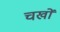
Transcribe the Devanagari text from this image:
चखों